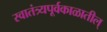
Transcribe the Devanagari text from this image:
स्वातंत्र्यपूर्वकाळातील्